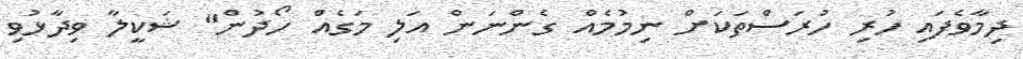
ދިމާވެފައި ހުރި ހުރަސްތަކަށް ނިމުމެއް ގެންނަން އަލި މަގެއް ހޯދުން" ޝަކީލާ ވިދާޅުވި